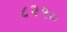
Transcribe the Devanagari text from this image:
८२१०